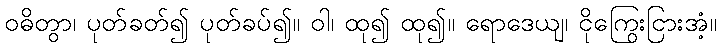
ဝဓိတွာ၊ ပုတ်ခတ်၍ ပုတ်ခပ်၍။ ဝါ၊ ထု၍ ထု၍။ ရောဒေယျ၊ ငိုကြွေးငြားအံ့။